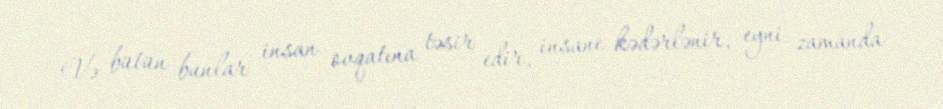
Və bütün bunlar insan ovqatına təsir edir, insane kədərlənir, eyni zamanda